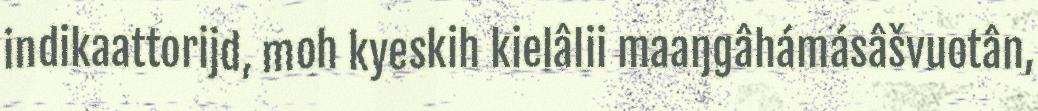
indikaattorijd, moh kyeskih kielâlii maaŋgâhámásâšvuotân,